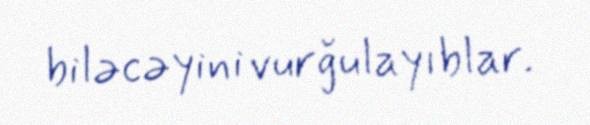
biləcəyini vurğulayıblar.